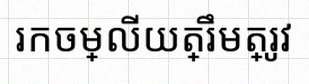
រកចម្លើយត្រឹមត្រូវ